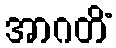
အာဂတိံ